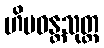
ဟိမဝန္တသုတ္တ